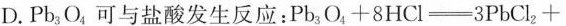
D.Pb_{3}O_{4}可与盐酸发生反应：$$P b _ { 3 } O _ { 4 } + 8 H C l = 3 P b C l _ { 2 } +